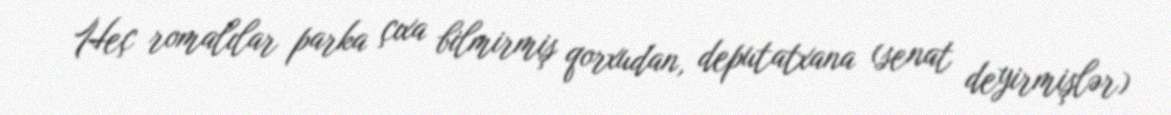
Heç romalılar parka çıxa bilmirmiş qorxudan, deputatxana (senat deyirmişlər)